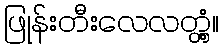
ဖြုန်းတီးလေလတ္တံ့။